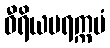
ဝီရိယပရက္ကမံ